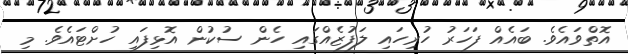
އޮތްވައެވެ. ބައެއް ފަހަރު ހުރިހައި ލަފުޒެއްގައި ހެން ސުކުން އޮޅިފައި ހުށްޓައެވެ. މި